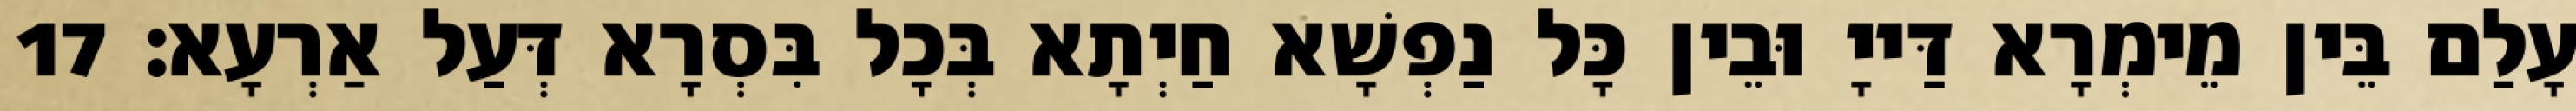
עָלַם בֵּין מֵימְרָא דַּייָ וּבֵין כָּל נַפְשָׁא חַיְתָא בְּכָל בִּסְרָא דְּעַל אַרְעָא׃ 17